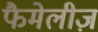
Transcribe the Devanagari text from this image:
फैमेलीज़